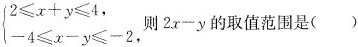
$$\begin{cases} 2 \leqslant x+y \leqslant 4, \\ -4 \leqslant x-y \leqslant -2, \end{cases}$$ 则$$2x-y$$的取值范围是 ( )